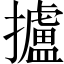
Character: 攎